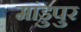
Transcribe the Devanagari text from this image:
मांडुपुर